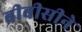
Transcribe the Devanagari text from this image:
बीबीसीने